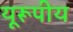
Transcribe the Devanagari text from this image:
यूरूपीय